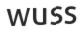
wuss